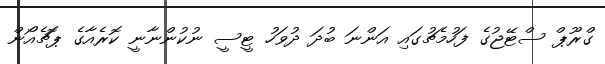
ގްރޫޕް ސްޓޭޖުގެ ފަހުމެޗުގައި އަންނަ ބުދަ ދުވަހު ޓީސީ ނުކުންނާނީ ކޮރެއާގެ ޕޮޗެއޯން